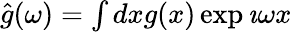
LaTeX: \begin{array}{r}{\hat{g}(\omega)=\int dxg(x)\exp{\imath\omega x}}\end{array}